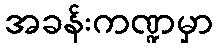
အခန်းကဏ္ဍမှာ